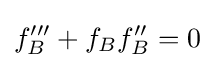
f_{B}'''+f_{B}f_{B}''=0